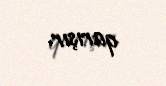
qarışır.